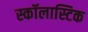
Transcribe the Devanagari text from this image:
स्कॉलास्टिक